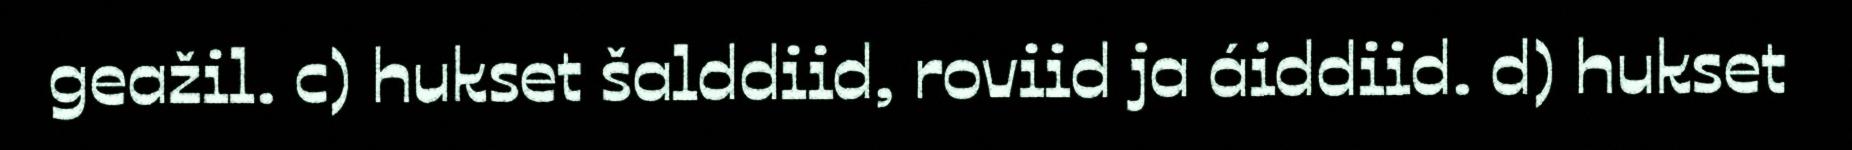
geažil. c) hukset šalddiid, roviid ja áiddiid. d) hukset